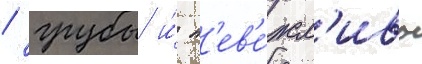
/ грубы и́ н'ев'е́жл'ивы